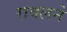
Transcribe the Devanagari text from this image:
रावलने